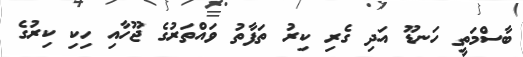
ބާސްމަތީ ހަނޑޫ އަދި ގެރި ކިރު ތަފާތު ވަައްތަރުގެ ޖޫހާއި ހިކި ކިރުގެ